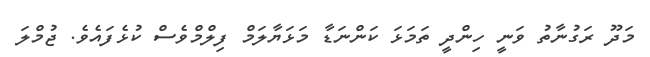
މަދޫ ރަގުނާތު ވަނީ ހިންދީ ތަމަޅަ ކަންނަޑާ މަޅަޔާލަމް ފިލްމްވެސް ކުޅެފައެވެ. ޖުމްލަ